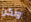
ولكن